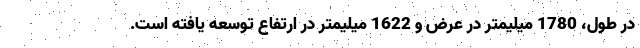
در طول، 1780 میلیمتر در عرض و 1622 میلیمتر در ارتفاع توسعه یافته است.